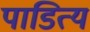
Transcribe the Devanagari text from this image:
पाडित्य